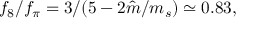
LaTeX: f _ { 8 } / f _ { \pi } = 3 / ( 5 - 2 \hat { m } / m _ { s } ) \simeq 0 . 8 3 ,